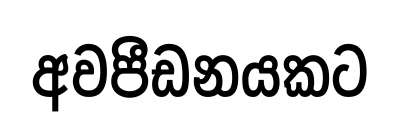
අවපීඩනයකට